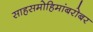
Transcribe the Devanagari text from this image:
साहसमोहिमांबरोबर